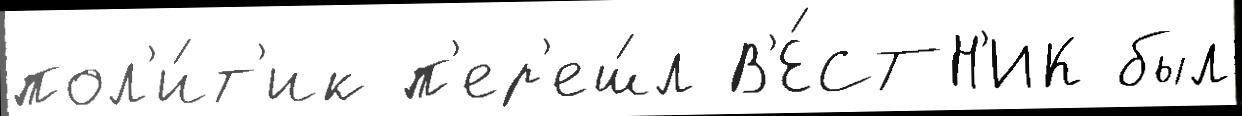
пол'и́т'ик п'ер'еш́л В'Е́СТН'ИК был